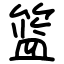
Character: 篮